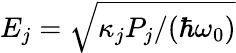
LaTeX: E_{j}=\sqrt{\kappa_{j}P_{j}/(\hbar\omega_{0})}